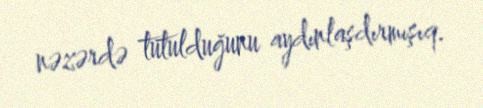
nəzərdə tutulduğunu aydınlaşdırmışıq.